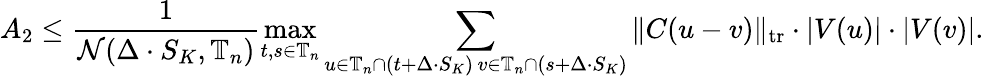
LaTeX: A_{2}\leq\frac{1}{\mathcal{N}(\Delta\cdot S_{K},\mathbb{T}_{n})}\operatorname*{max}_{t,s\in\mathbb{T}_{n}}\sum_{\substack{u\in\mathbb{T}_{n}\cap(t+\Delta\cdot S_{K})\, v\in\mathbb{T}_{n}\cap(s+\Delta\cdot S_{K})}}\| C(u-v)\| _{\mathrm{tr}}\cdot|V(u)|\cdot|V(v)|.